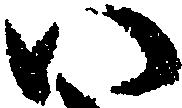
い